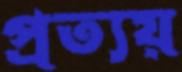
প্রত্যয়